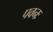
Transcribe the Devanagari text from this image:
पवनः